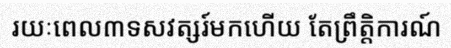
រយៈពេល៣ទសវត្សរ៍មកហើយ តែព្រឹត្តិការណ៍